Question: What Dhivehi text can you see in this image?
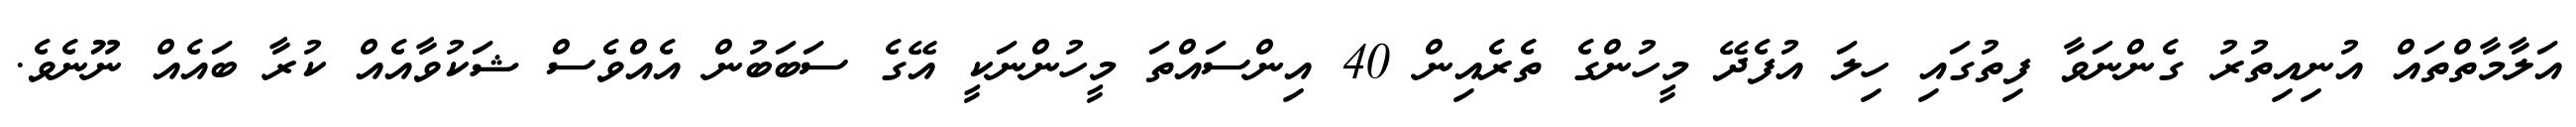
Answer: އަލާމާތްތައް އުނިއިތުރު ގެންނަވާ ފިތުގައި ހިލަ އުފެދޭ މީހުންގެ ތެރެއިން 40 އިންސައްތަ މީހުންނަކީ އޭގެ ސަބަބުން އެއްވެސް ޝަކުވާއެއް ކުރާ ބައެއް ނޫނެވެ.